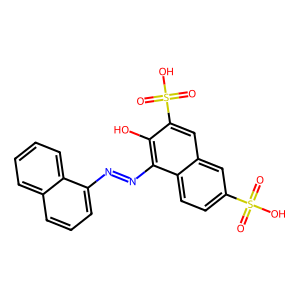
SMILES: O=S(=O)(O)c1ccc2c(N=Nc3cccc4ccccc34)c(O)c(S(=O)(=O)O)cc2c1
Inhibits HIV replication: No